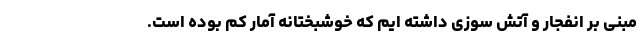
مبنی بر انفجار و آتش سوزی داشته ایم که خوشبختانه آمار کم بوده است.